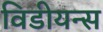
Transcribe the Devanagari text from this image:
विडीयन्स